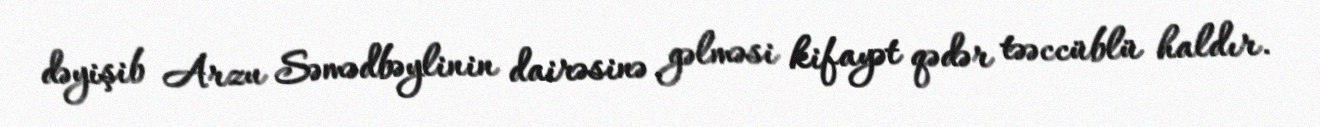
dəyişib Arzu Səmədbəylinin dairəsinə gəlməsi kifayət qədər təəccüblü haldır.